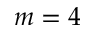
m = 4